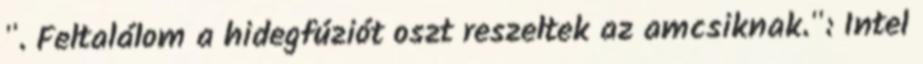
". Feltalálom a hidegfúziót oszt reszeltek az amcsiknak.": Intel